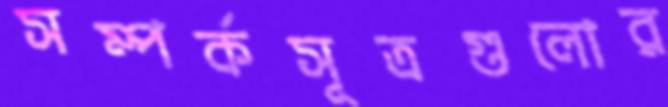
সম্পর্কসূত্রগুলোর